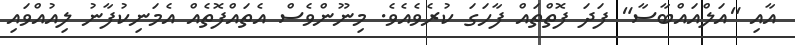
އާއި "އަލްއައްބާސާ" ފަދަ ފޮތްތައް ފާހަގަ ކުރެވެއެވެ. މިނޫންވެސް އެތައްފޮތެއް އެމަނިކުފާނު ލިއުއްވައި